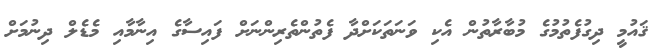
ޤައުމީ ދިގުފެތުމުގެ މުބާރާތުން އެކި ވަނަތަކަށްދާ ފެތުންތެރިންނަށް ފައިސާގެ އިނާމާއި މެޑެލް ދިނުމަށް